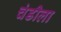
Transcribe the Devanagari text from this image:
चंडीला